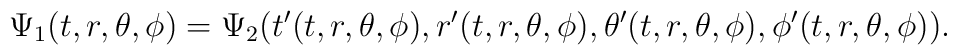
\Psi_1(t,r,\theta,\phi)=\Psi_2(t'(t,r,\theta,\phi),r'(t,r,\theta,\phi),\theta'(t,r,\theta,\phi),\phi'(t,r,\theta,\phi)).